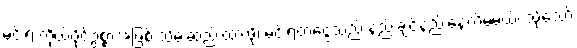
မင်းရဲ့ ကိုယ်ပိုင်ဥစ္စာအဖြစ် သိမ်းဆည်းထားဖို့၊ မင်းရတဲ့ငွေသည် နည်းချင်နည်းနေလိမ့်မယ်၊ သို့သော်